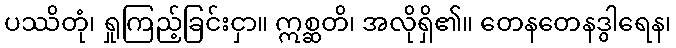
ပဿိတုံ၊ ရှုကြည့်ခြင်းငှာ။ ဣစ္ဆတိ၊ အလိုရှိ၏။ တေနတေနဒွါရေန၊